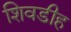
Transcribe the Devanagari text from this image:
शिवडीह